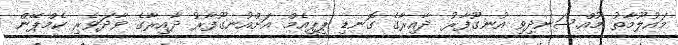
މައުލޫމާތު މުއްސަނދިވި އުނގޫފާރު ދާއިރާގެ ގޮނޑި ޕީޕީއެމް އަށްއުނގޫފާރު ދާއިރާގެ ވާދަވެރި ކެމްޕޭން